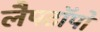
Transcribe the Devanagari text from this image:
लैपटॉपों